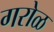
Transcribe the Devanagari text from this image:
गरोळ